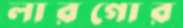
লারগোর